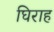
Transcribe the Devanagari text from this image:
घिराह